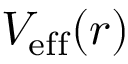
V _ { \mathrm { e f f } } ( \boldsymbol { r } )